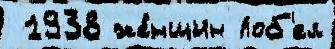
 1938 же́нщин Лоб'ел